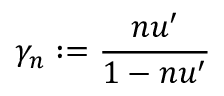
\gamma _ { n } : = \frac { n u ^ { \prime } } { 1 - n u ^ { \prime } }